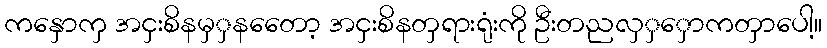
ကနှောကှ အငှးစိနမှှနတေော့ အငှးစိနတှရားရုံးကို ဦးတညလှှှောကတှာပေါ့။